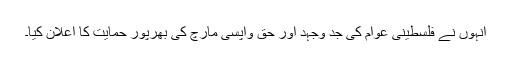
انہوں نے فلسطینی عوام کی جد وجہد اور حق واپسی مارچ کی بھرپور حمایت کا اعلان کیا۔